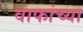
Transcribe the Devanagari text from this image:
वाफांच्या